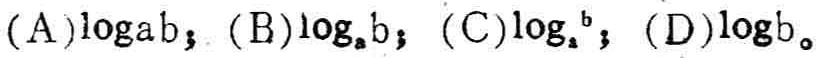
(A)$\log ab$；(B)$\log_{a}b$；(C)$\log_{a}^{b}$；(D)$\log b$。